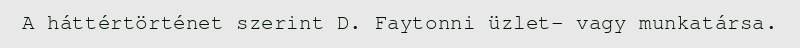
A háttértörténet szerint D. Faytonni üzlet- vagy munkatársa.